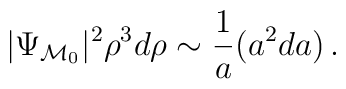
|\Psi_{{\cal M}_0}|^2 \rho^3 d\rho \sim {1\over a} (a^2 da) \, .